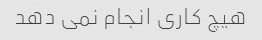
هیچ کاری انجام نمی دهد